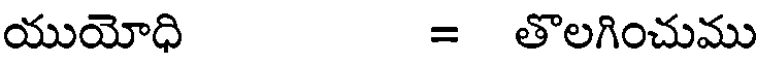
యుయోధి = తొలగించుము